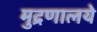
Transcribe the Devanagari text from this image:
मुद्रणालये